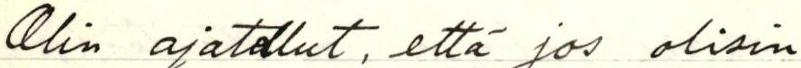
Olin ajatellut, että jos olisin